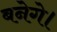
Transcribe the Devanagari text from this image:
बनेगे।